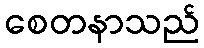
စေတနာသည်